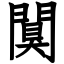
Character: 闃